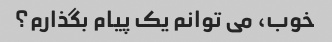
خوب، می توانم یک پیام بگذارم؟